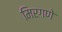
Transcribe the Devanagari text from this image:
मिरगणे